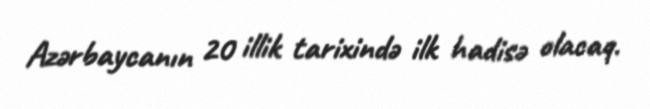
Azərbaycanın 20 illik tarixində ilk hadisə olacaq.